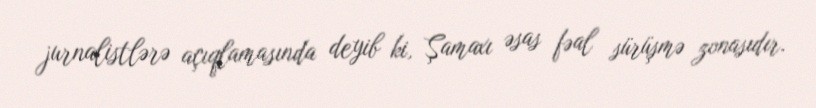
jurnalistlərə açıqlamasında deyib ki, Şamaxı əsas fəal sürüşmə zonasıdır.